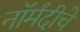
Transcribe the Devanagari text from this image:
नॉर्मंदीचे